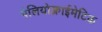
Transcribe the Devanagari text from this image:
पेलियोक्लाईमेटिक